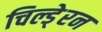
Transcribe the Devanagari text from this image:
चिल्डे्रन